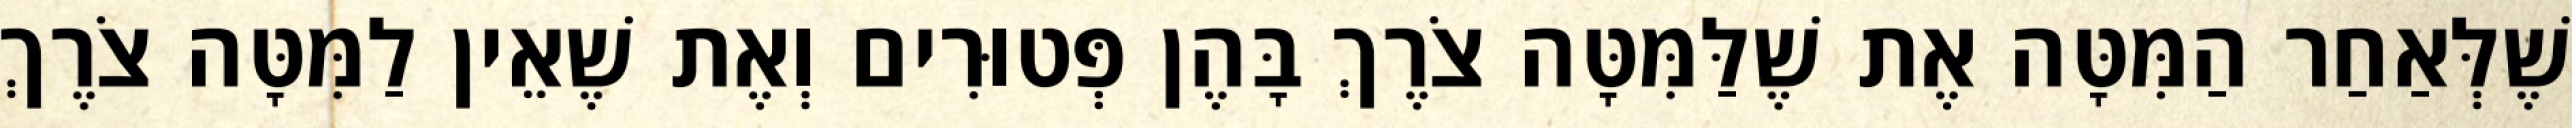
שֶׁלְּאַחַר הַמִּטָּה אֶת שֶׁלַּמִּטָּה צֹרֶךְ בָּהֶן פְּטוּרִים וְאֶת שֶׁאֵין לַמִּטָּה צֹרֶךְ